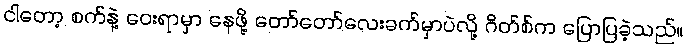
ငါတော့ စက်နဲ့ ဝေးရာမှာ နေဖို့ တော်တော်လေးခက်မှာပဲလို့ ဂိတ်စ်က ပြောပြခဲ့သည်။